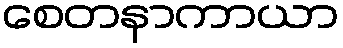
စေတနာကာယာ